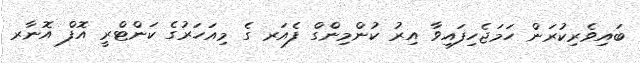
ބައިވެރިކުރަން ހަމަޖެހިފައިވާ އިރު ކުންމިންގް ފެއަރ ގެ މިއަހަރުގެ ކަންޓްރީ އޮފް އޮނާރ